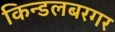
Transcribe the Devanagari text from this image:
किन्डलबरगर